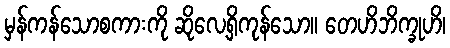
မှန်ကန်သောစကားကို ဆိုလေ့ရှိကုန်သော။ တေဟိဘိက္ခုဟိ၊